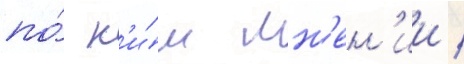
по́ н'и́м мн'ен'ии /